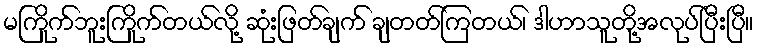
မကြိုက်ဘူးကြိုက်တယ်လို့ ဆုံးဖြတ်ချက် ချတတ်ကြတယ်၊ ဒါဟာသူတို့အလုပ်ပြီးပြီ။